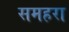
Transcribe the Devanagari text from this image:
समहरा